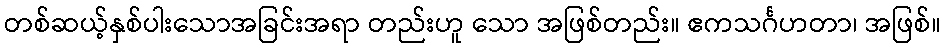
တစ်ဆယ့်နှစ်ပါးသောအခြင်းအရာ တည်းဟူ သော အဖြစ်တည်း။ ဧကသင်္ဂဟတာ၊ အဖြစ်။